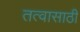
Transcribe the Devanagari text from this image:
तत्वासाठी